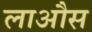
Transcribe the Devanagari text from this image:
लाऔस